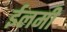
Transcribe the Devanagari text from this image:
ईलमी